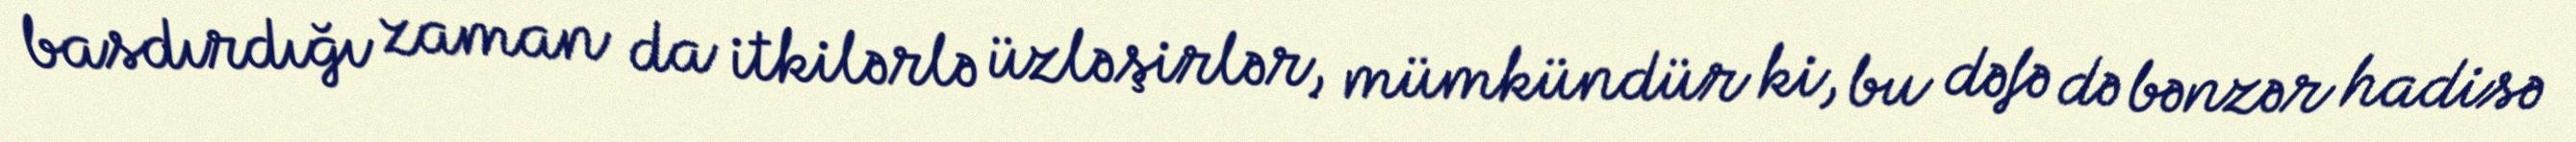
basdırdığı zaman da itkilərlə üzləşirlər, mümkündür ki, bu dəfə də bənzər hadisə